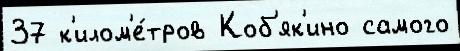
37 к'илом'е́тров Коб'як'ино самого